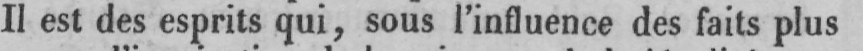
Il est des esprits qui, sous l’influence des faits plus